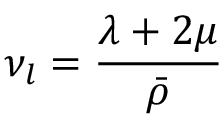
\nu _ { l } = \frac { \lambda + 2 \mu } { \bar { \rho } }